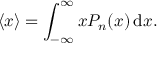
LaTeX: \langle x \rangle = \int _ { - \infty } ^ { \infty } x P _ { n } ( x ) \, \mathrm { d } x .